Indian journal of veterinary science and animal husbandry - Volume 12,
Year: 1942
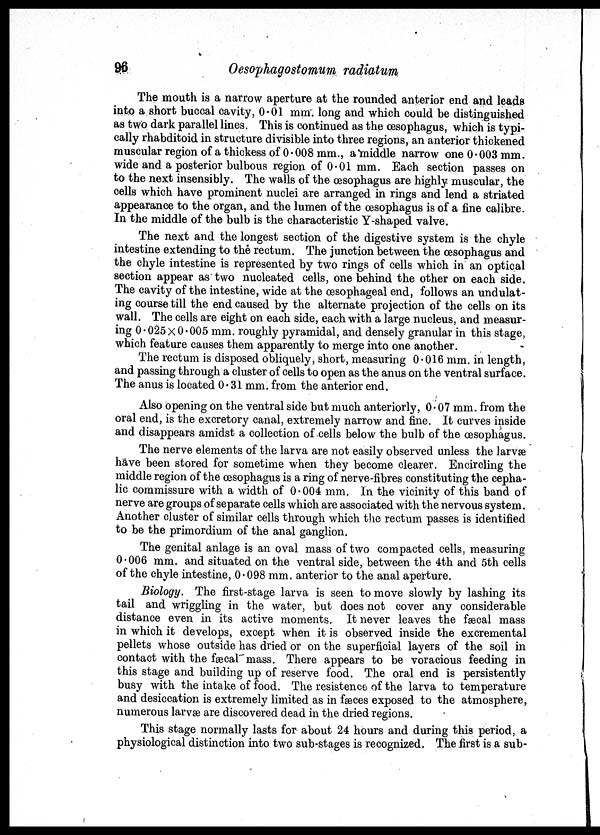
96
Oesophagostomum radiatum
The mouth is a narrow aperture at the rounded anterior end and leads
into a short buccal cavity, 0.01 mm. long and which could be distinguished
as two dark parallel lines. This is continued as the œsophagus, which is typi-
cally rhabditoid in structure divisible into three regions, an anterior thickened
muscular region of a thickess of 0.008 mm., a middle narrow one 0.003 mm.
wide and a posterior bulbous region of 0.01 mm. Each section passes on
to the next insensibly. The walls of the œsophagus are highly muscular, the
cells which have prominent nuclei are arranged in rings and lend a striated
appearance to the organ, and the lumen of the œsophagus is of a fine calibre.
In the middle of the bulb is the characteristic Y-shaped valve.
The next and the longest section of the digestive system is the chyle
intestine extending to the rectum. The junction between the œsophagus and
the chyle intestine is represented by two rings of cells which in an optical
section appear as two nucleated cells, one behind the other on each side.
The cavity of the intestine, wide at the œsophageal end, follows an undulat-
ing course till the end caused by the alternate projection of the cells on its
wall. The cells are eight on each side, each with a large nucleus, and measur-
ing 0.025 × 0.005 mm. roughly pyramidal, and densely granular in this stage,
which feature causes them apparently to merge into one another.
The rectum is disposed obliquely, short, measuring 0.016 mm. in length,
and passing through a cluster of cells to open as the anus on the ventral surface.
The anus is located 0.31 mm. from the anterior end.
Also opening on the ventral side but much anteriorly, 0.07 mm. from the
oral end, is the excretory canal, extremely narrow and fine. It curves inside
and disappears amidst a collection of cells below the bulb of the œsophagus.
The nerve elements of the larva are not easily observed unless the larvæ
have been stored for sometime when they become clearer. Encircling the
middle region of the œsophagus is a ring of nerve-fibres constituting the cepha-
lic commissure with a width of 0.004 mm. In the vicinity of this band of
nerve are groups of separate cells which are associated with the nervous system.
Another cluster of similar cells through which the rectum passes is identified
to be the primordium of the anal ganglion.
The genital anlage is an oval mass of two compacted cells, measuring
0.006 mm. and situated on the ventral side, between the 4th and 5th cells
of the chyle intestine, 0.098 mm. anterior to the anal aperture.
Biology. The first-stage larva is seen to move slowly by lashing its
tail and wriggling in the water, but does not cover any considerable
distance even in its active moments. It never leaves the fæcal mass
in which it develops, except when it is observed inside the excremental
pellets whose outside has dried or on the superficial layers of the soil in
contact with the fæcal mass. There appears to be voracious feeding in
this stage and building up of reserve food. The oral end is persistently
busy with the intake of food. The resistence of the larva to temperature
and desiccation is extremely limited as in fæces exposed to the atmosphere,
numerous larvæ are discovered dead in the dried regions.
This stage normally lasts for about 24 hours and during this period, a
physiological distinction into two sub-stages is recognized. The first is a sub-